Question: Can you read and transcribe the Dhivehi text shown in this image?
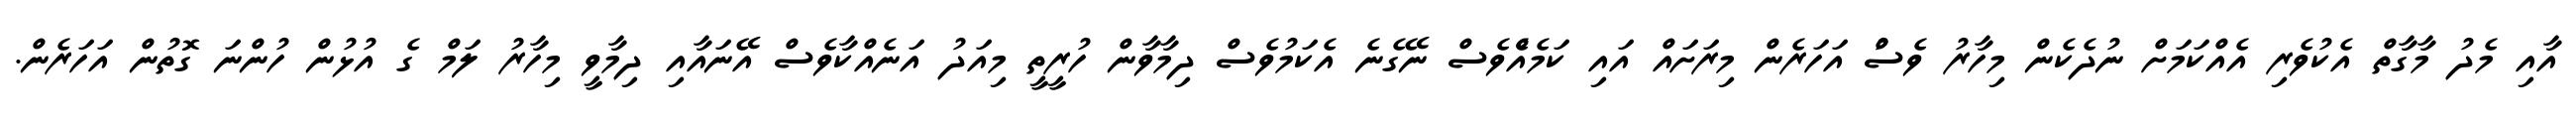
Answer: އާއި މެދު މާގާތް އެކުވެރި އެއްކަމަށް ނުދެކެން މިހާރު ވެސްު އަހަރެން މިރަށައް އައި ކަމެއެްވެސް ނޭގެނެ އެކަމުވެސް ދިމާވާން ހުރީތީ މިއަދު އަނެއްކާވެސް އޭނައާއި ދިމާވީ މިހާރު ލަމް ގެ އުޅުން ހުންނަ ގޮތުން އަހަރެން.